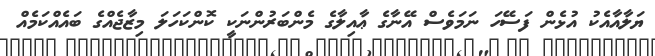
ޔަލާއާއެކު އުޅެން ފަސޭހަ ނަމަވެސް އޭނާގެ ޢާއިލާގެ މެންބަރުންނަކީ ކޮންކަހަލަ މިޒާޖެއްގެ ބައެއްކަމެއް